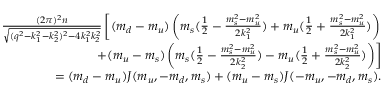
\begin{array} { r l r } & { } & { \frac { ( 2 \pi ) ^ { 2 } n } { \sqrt { ( q ^ { 2 } - k _ { 1 } ^ { 2 } - k _ { 2 } ^ { 2 } ) ^ { 2 } - 4 k _ { 1 } ^ { 2 } k _ { 2 } ^ { 2 } } } \left[ ( m _ { d } - m _ { u } ) \left( m _ { s } ( \frac { 1 } { 2 } - \frac { m _ { s } ^ { 2 } - m _ { u } ^ { 2 } } { 2 k _ { 1 } ^ { 2 } } ) + m _ { u } ( \frac { 1 } { 2 } + \frac { m _ { s } ^ { 2 } - m _ { u } ^ { 2 } } { 2 k _ { 1 } ^ { 2 } } ) \right) \right. } \\ & { } & { \left. + ( m _ { u } - m _ { s } ) \left( m _ { s } ( \frac { 1 } { 2 } - \frac { m _ { s } ^ { 2 } - m _ { u } ^ { 2 } } { 2 k _ { 2 } ^ { 2 } } ) - m _ { u } ( \frac { 1 } { 2 } + \frac { m _ { s } ^ { 2 } - m _ { u } ^ { 2 } } { 2 k _ { 2 } ^ { 2 } } ) \right) \right] } \\ & { } & { = ( m _ { d } - m _ { u } ) J ( m _ { u } , - m _ { d } , m _ { s } ) + ( m _ { u } - m _ { s } ) J ( - m _ { u } , - m _ { d } , m _ { s } ) . } \end{array}